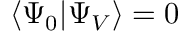
\langle \Psi _ { 0 } | \Psi _ { V } \rangle = 0